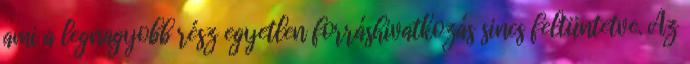
ami a legnagyobb rész egyetlen forráshivatkozás sincs feltüntetve. Az